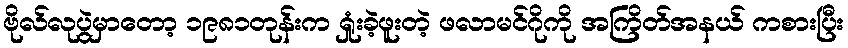
ဗိုလ်လုပွဲမှာတော့ ၁၉၈၁တုန်းက ရှုံးခဲ့ဖူးတဲ့ ဖလာမင်ဂိုကို အကြိတ်အနယ် ကစားပြီး